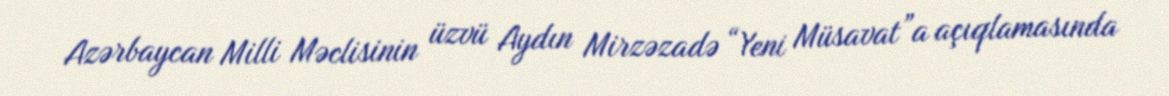
Azərbaycan Milli Məclisinin üzvü Aydın Mirzəzadə “Yeni Müsavat”a açıqlamasında